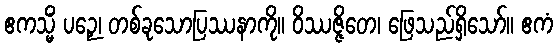
ဧကသ္မိံ ပဉှေ၊ တစ်ခုသောပြဿနာကို။ ဝိဿဇ္ဇိတေ၊ ဖြေသည်ရှိသော်။ ဧကံ